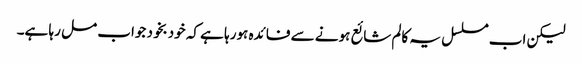
لیکن اب مسلسل یہ کالم شائع ہونے سے فائدہ ہورہا ہے کہ خودبخود جواب مل رہا ہے۔